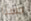
حسنا